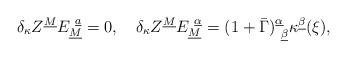
\begin{align*}\delta_\kappa Z^{\underline M}E_{\underline M}^{~\underline a}=0, \quad\delta_\kappa Z^{\underline M}E_{\underline M}^{~\underline \alpha}=(1+\bar\Gamma)_{~\underline\beta}^{\underline\alpha}\kappa^{\underline\beta}(\xi),\end{align*}